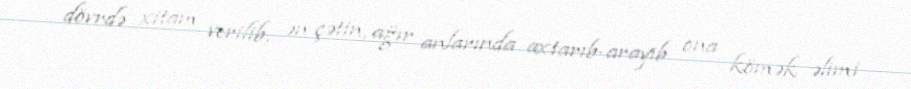
dövrdə xitam verilib, ən çətin, ağır anlarında axtarıb-arayıb ona kömək əlimi